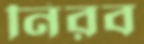
নিরব